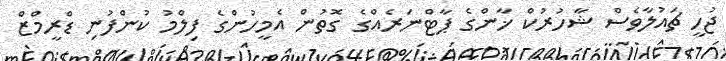
ޖުހީ ޗައުލާވެސް ޝާހުރުކް ޚާންގެ ޕާޓްނަރެއްގެ ގޮތުން އެމީހުންގެ ފިލްމު ކުންފުނި ޑްރީމްޒް